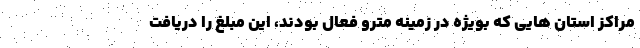
مراکز استان هایی که بویژه در زمینه مترو فعال بودند، این مبلغ را دریافت